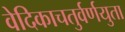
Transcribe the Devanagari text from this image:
वेदिकाचतुर्वर्णयुता